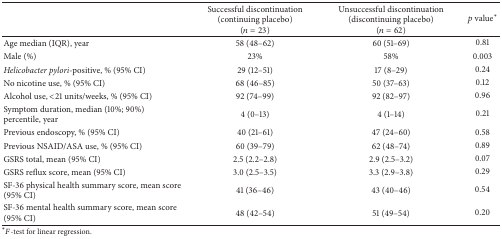
|  | Successful discontinuation(continuing placebo)(n = 23) | Unsuccessful discontinuation(discontinuing placebo)(n = 62) | p value∗ |
 | --- | --- | --- | --- |
 | Age median (IQR), year | 58 (48–62) | 60 (51–69) | 0.81 |
 | Male (%) | 23% | 58% | 0.003 |
 | Helicobacter pylori-positive, % (95% CI) | 29 (12–51) | 17 (8–29) | 0.24 |
 | No nicotine use, % (95% CI) | 68 (46–85) | 50 (37–63) | 0.12 |
 | Alcohol use, <21 units/weeks, % (95% CI) | 92 (74–99) | 92 (82–97) | 0.96 |
 | Symptom duration, median (10%; 90%) percentile, year | 4 (0–13) | 4 (1–14) | 0.21 |
 | Previous endoscopy, % (95% CI) | 40 (21–61) | 47 (24–60) | 0.58 |
 | Previous NSAID/ASA use, % (95% CI) | 60 (39–79) | 62 (48–74) | 0.89 |
 | GSRS total, mean (95% CI) | 2.5 (2.2–2.8) | 2.9 (2.5–3.2) | 0.07 |
 | GSRS reflux score, mean (95% CI) | 3.0 (2.5–3.5) | 3.3 (2.9–3.8) | 0.29 |
 | SF-36 physical health summary score, mean score (95% CI) | 41 (36–46) | 43 (40–46) | 0.54 |
 | SF-36 mental health summary score, mean score (95% CI) | 48 (42–54) | 51 (49–54) | 0.20 |